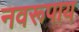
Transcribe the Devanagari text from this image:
नवरूपाय